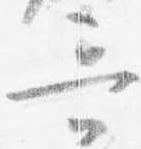
哥